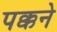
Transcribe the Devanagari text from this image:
पक्कने